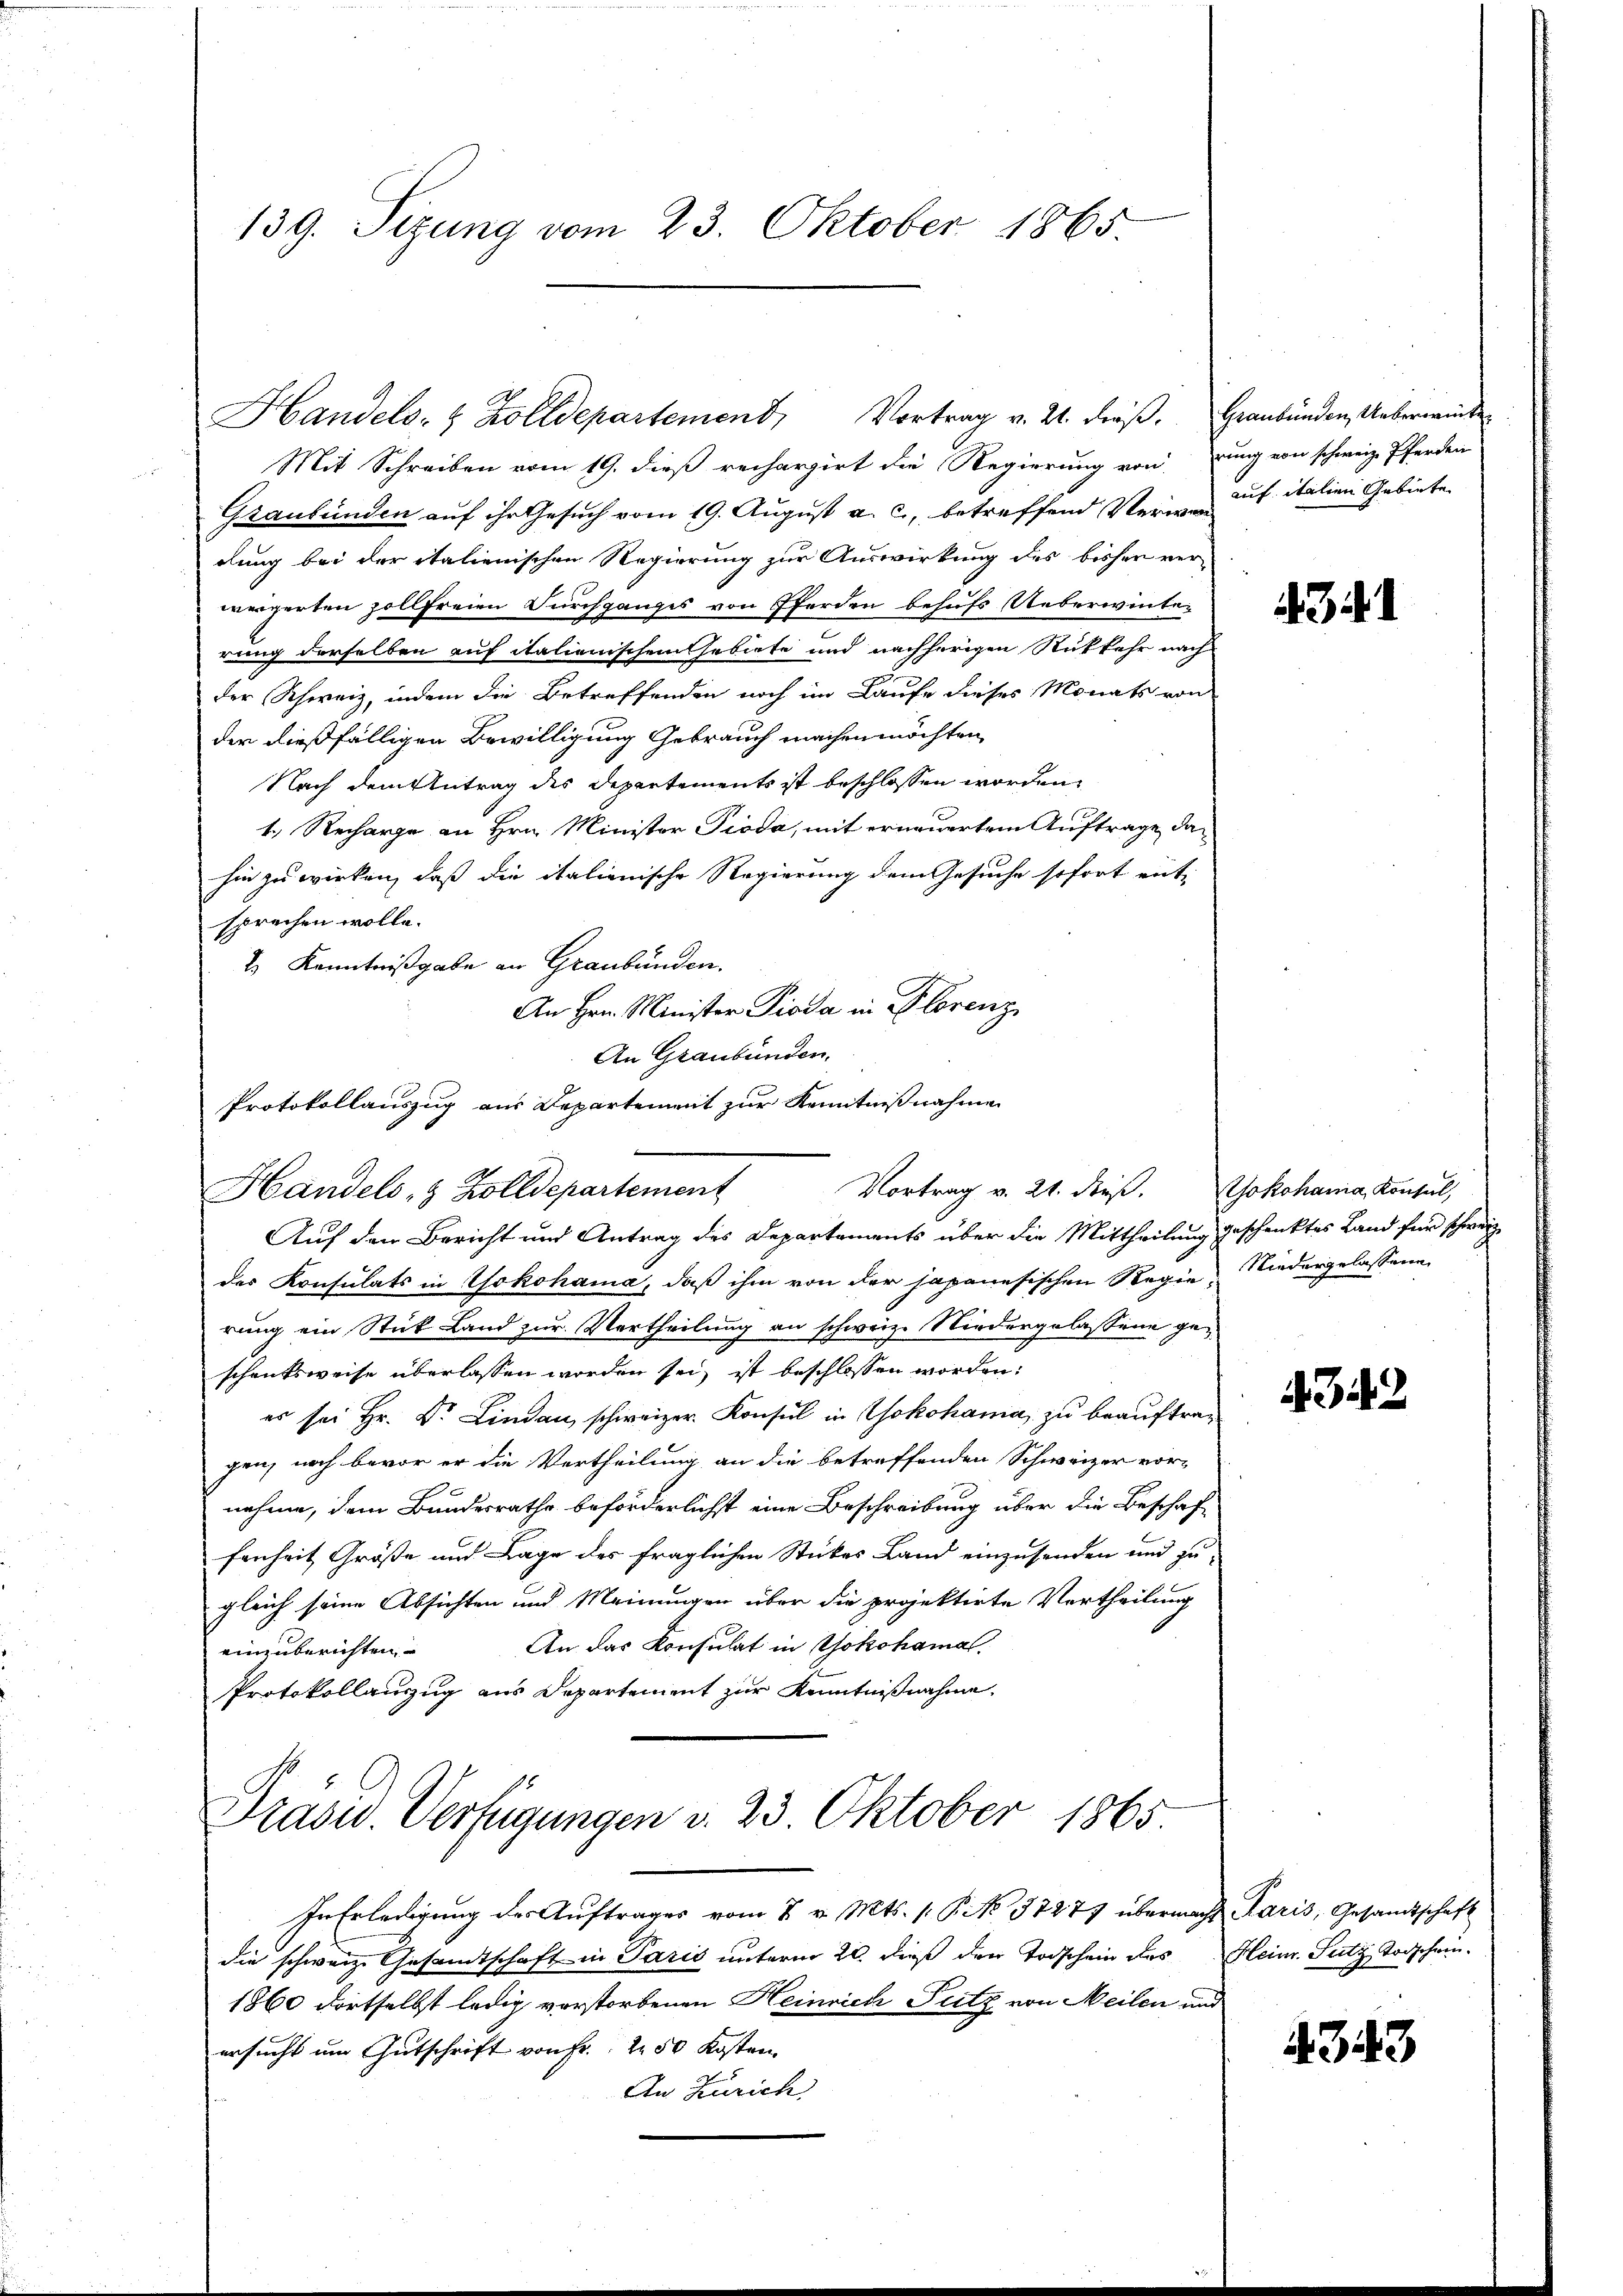
139. Sizung vom 23. Oktober 1865.

Mit Schreiben vom 19. dieß rechargirt die Regierung von zung von schweiz. Pferden
Graubünden auf ihr Gesuch vom 19. August a. c., betreffend Verweg aus italien Gebiete
dung bei der italienischen Regierung zur Auswirkung des bisher verwergerten zollfreien Durchganges von Pferden behufs Ueberwinter
rung derselben auf italienischem Gebiete und nachherigen Rückkehr nach
der Schweiz, indem die Betreffenden noch im Laufe dieses Monats von
der dießfälligen Bewilligung Gebrauch machen möchten,
Nach dem Antrag des Departements ist beschlossen worden,
1.) Recharge an Hrn. Minister Pioda, mit erneuertem Auftrage dahin zu wirken, daß die italienische Regierung dem Gesuche sofort ent-
sprechen wolle.
2) Kenntnißgabe an Graubünden.
An Hrn. Minister Pioda in Florenz
An Graubünden,
Protokollauszug aus Departement zur Kenntnißnahme

Handels- & Zolldepartement, Vortrag v. 21. dieβ. Graubünden Ueberwinke

Vortrag v. 21. dieβ. Yokohania, Konsul,
Handels- & Zolldepartement

Auf den Bericht und Antrag des Departements über die Mittheilung geschenktes Land für schweiz
des Konsulats in Yokohama, daß ihm von der japanesischen Regie Niedergelassene
rung ein Stück Land zur Vertheilung an schweiz. Niedergelassene geschenksweise überlassen worden sei, ist beschlossen worden:
er sei Hr. Dr. Lindau schweizer. Konsul in Yokohama zŭ beaŭftragen, noch bevor er die Vertheilung an die betreffenden Schweizer vor-
nehme, dem Bundesrathe beförderlichst eine Beschreibung über die Beschaf-
fenheit Größe und Lage des fraglichen Stükos Land einzusenden und zu-
gleich seine Absichten und Meinungen über die projektirte Vertheilung
An das Konsulat in Yokohamal
einzuberichten,
Protokollauszug aus Departement zur Kenntnißnahme.
Prasw. Verfügungen d. 23 Oktober 1865
In Erledigung des Auftrages vom 7 v. Mts. (: P. No 37277 übermacht Karis, Gesandtschaft
die schweiz. Gesandtschaft in Paris unterm 20. dieß der Todschein des Heinr. Putz, Todschein¬
1860 dortselbst ledig verstorbenen Heinrich Fritz von Meilen und
ersucht um Gutschrift von Fr. 2 50 Kosten
An Zürich

431

342

4343